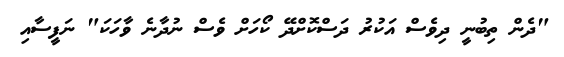
"ދެން ތިބުނީ ދިވެސް އަކުރު ދަސްކޮށްދޭ ކޯހަށް ވެސް ނުދާނެ ވާހަކަ" ނަފީސާއި